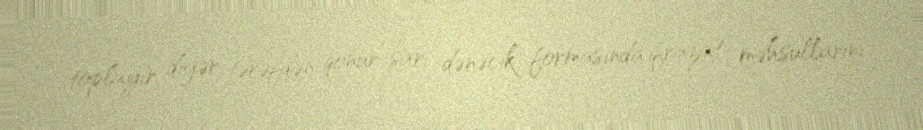
toplayır, digər tərəfdən qonur-sarı dənəcik formasında ifrazat məhsullarını